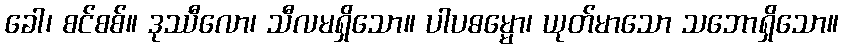
ခေါ၊ စင်စစ်။ ဒုဿီလော၊ သီလမရှိသော။ ပါပဓမ္မော၊ ယုတ်မာသော သဘောရှိသော။